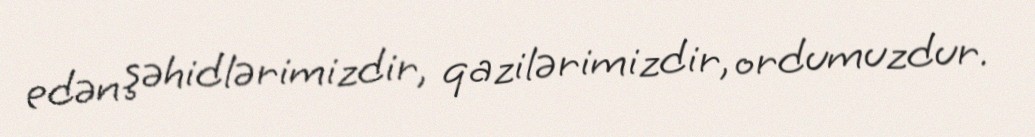
edən şəhidlərimizdir, qazilərimizdir, ordumuzdur.